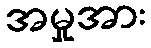
အမှုအား